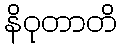
နိဝုတာတိ